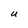
Character: U